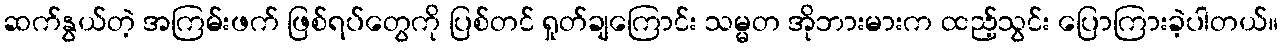
ဆက်နွယ်တဲ့ အကြမ်းဖက် ဖြစ်ရပ်တွေကို ပြစ်တင် ရှုတ်ချကြောင်း သမ္မတ အိုဘားမားက ထည့်သွင်း ပြောကြားခဲ့ပါတယ်။